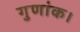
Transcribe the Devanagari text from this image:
गुणांक।